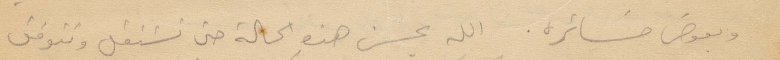
ويعوض خسائره. الله يحسن هذه الحالة حتى نشتغل ونتوفق